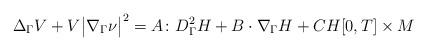
LaTeX: \begin{align*}\Delta_\Gamma V + V \big| \nabla_\Gamma \nu \big|^2= A \colon D_\Gamma^2 H + B \cdot \nabla_\Gamma H + CH [0,T] \times M\end{align*}